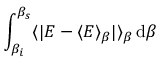
\int _ { \beta _ { i } } ^ { \beta _ { s } } \langle | E - \langle E \rangle _ { \beta } | \rangle _ { \beta } \, \mathrm { d } \beta